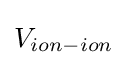
V_{ion-ion}